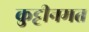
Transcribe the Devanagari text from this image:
कुट्टीनमत